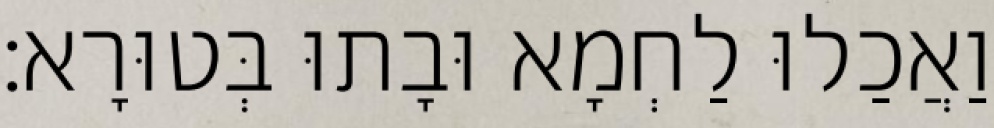
וַאֲכַלוּ לַחְמָא וּבָתוּ בְּטוּרָא׃